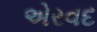
એરવદ